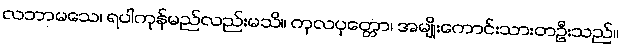
လဘာမသေ၊ ရပါကုန်မည်လည်းမသိ။ ကုလပုတ္တော၊ အမျိုးကောင်းသားတဦးသည်။